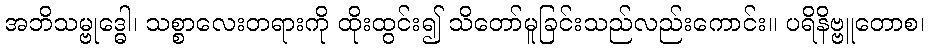
အဘိသမ္ဗုဒ္ဓေါ၊ သစ္စာလေးတရားကို ထိုးထွင်း၍ သိတော်မူခြင်းသည်လည်းကောင်း။ ပရိနိဗ္ဗူတောစ၊